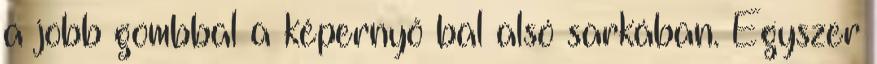
a jobb gombbal a képernyő bal alsó sarkában. Egyszer